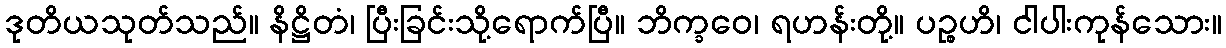
ဒုတိယသုတ်သည်။ နိဋ္ဌိတံ၊ ပြီးခြင်းသို့ရောက်ပြီ။ ဘိက္ခဝေ၊ ရဟန်းတို့။ ပဉ္စဟိ၊ ငါပါးကုန်သေား။